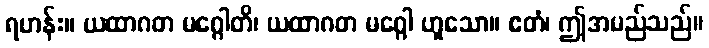
ရဟန်း။ ယထာဂတ မဂ္ဂေါတိ၊ ယထာဂတ မဂ္ဂေါ ဟူသော။ ဧတံ၊ ဤအမည်သည်။